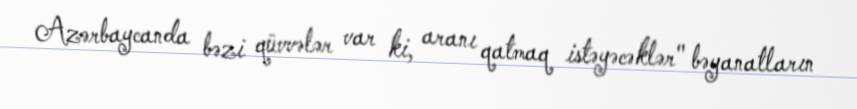
Azərbaycanda bəzi qüvvələr var ki, aranı qatmaq istəyəcəklər" bəyanatların